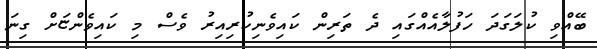
ބޭއްވި ކުލަގަދަ ހަފުލާއެއްގައި ދެ ތަރިން ކައިވެނިކުރިއިރު ވެސް މި ކައިވެންޏަށް ގިނަ